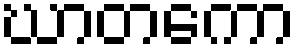
ဃာတကော